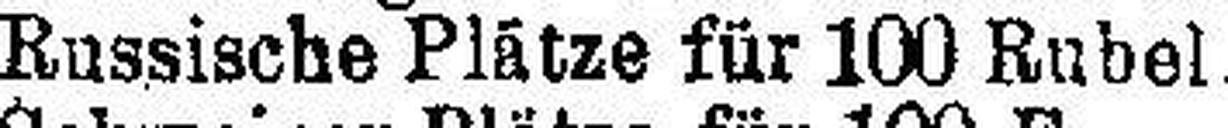
Russische Plätze für 100 Rubel